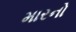
મારનો